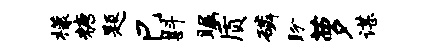
檬糖题巳斟瞩质磷盼萝谌